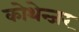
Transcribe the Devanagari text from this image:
कोथेन्जर